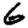
Digit: 6